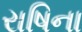
રાષિના